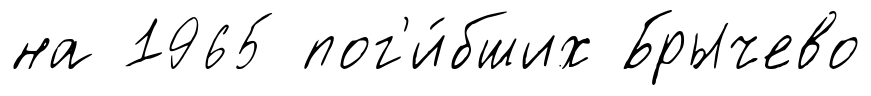
на 1965 пог'и́бших Брычево